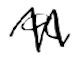
Text: a
Cross-out: zig-zag
Writing tool: digital_black